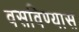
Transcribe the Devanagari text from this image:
वसविण्यास